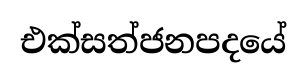
එක්සත්ජනපදයේ